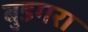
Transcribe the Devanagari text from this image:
बुडगरा